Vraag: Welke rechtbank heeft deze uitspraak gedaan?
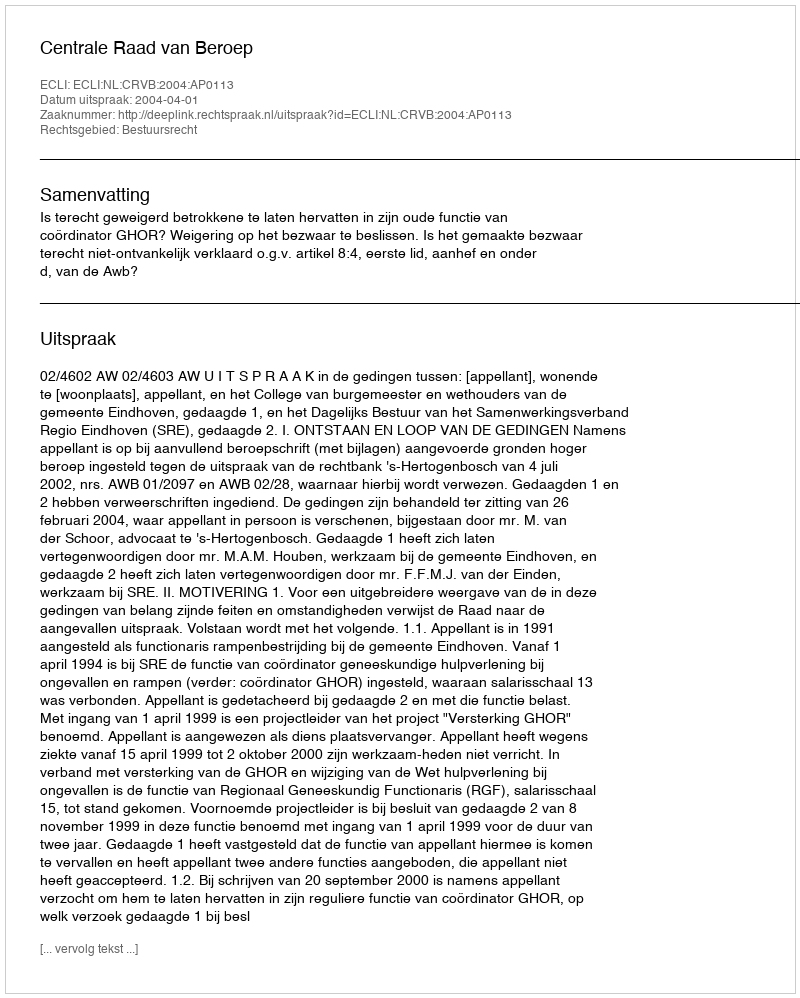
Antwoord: Centrale Raad van Beroep